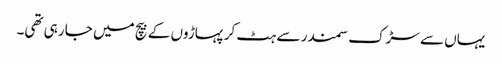
یہاں سے سڑک سمندر سے ہٹ کر پہاڑوں کے بیچ میں جا رہی تھی۔